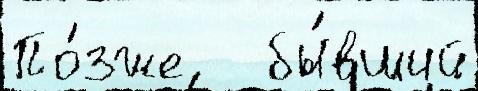
По́зже   бы́вший